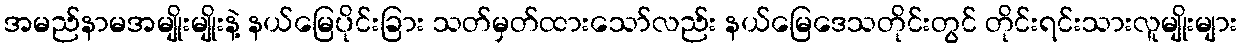
အမည်နာမအမျိုးမျိုးနဲ့ နယ်မြေပိုင်းခြား သတ်မှတ်ထားသော်လည်း နယ်မြေဒေသတိုင်းတွင် တိုင်းရင်းသားလူမျိုးများ